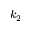
k _ { 2 }